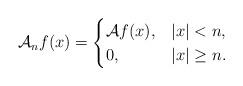
LaTeX: \begin{align*}\mathcal{A}_n f(x) = \begin{cases}\mathcal{A} f(x), & |x| < n, \\0, & |x| \geq n.\end{cases}\end{align*}